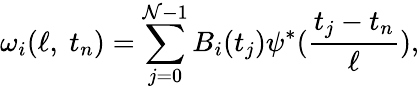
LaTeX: \omega_{i}(\ell,~t_{n})=\sum_{j=0}^{\mathcal{N}-1}B_{i}(t_{j})\psi^{\ast}(\frac{{t_{j}-t_{n}}}{{\ell}}),